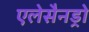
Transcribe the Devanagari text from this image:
एलेसैनड्रो